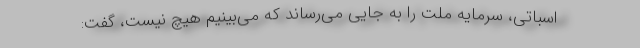
اسباتی، سرمایه ملت را به جایی می‌رساند که می‌بینیم هیچ نیست، گفت: